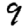
Digit: 9